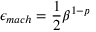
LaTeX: \epsilon _ { m a c h } = { \frac { 1 } { 2 } } \beta ^ { 1 - p }